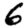
Digit: 6